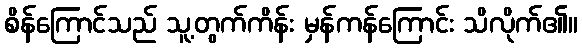
စိန်ကြောင်သည် သူ့တွက်ကိန်း မှန်ကန်ကြောင်း သိလိုက်၏။